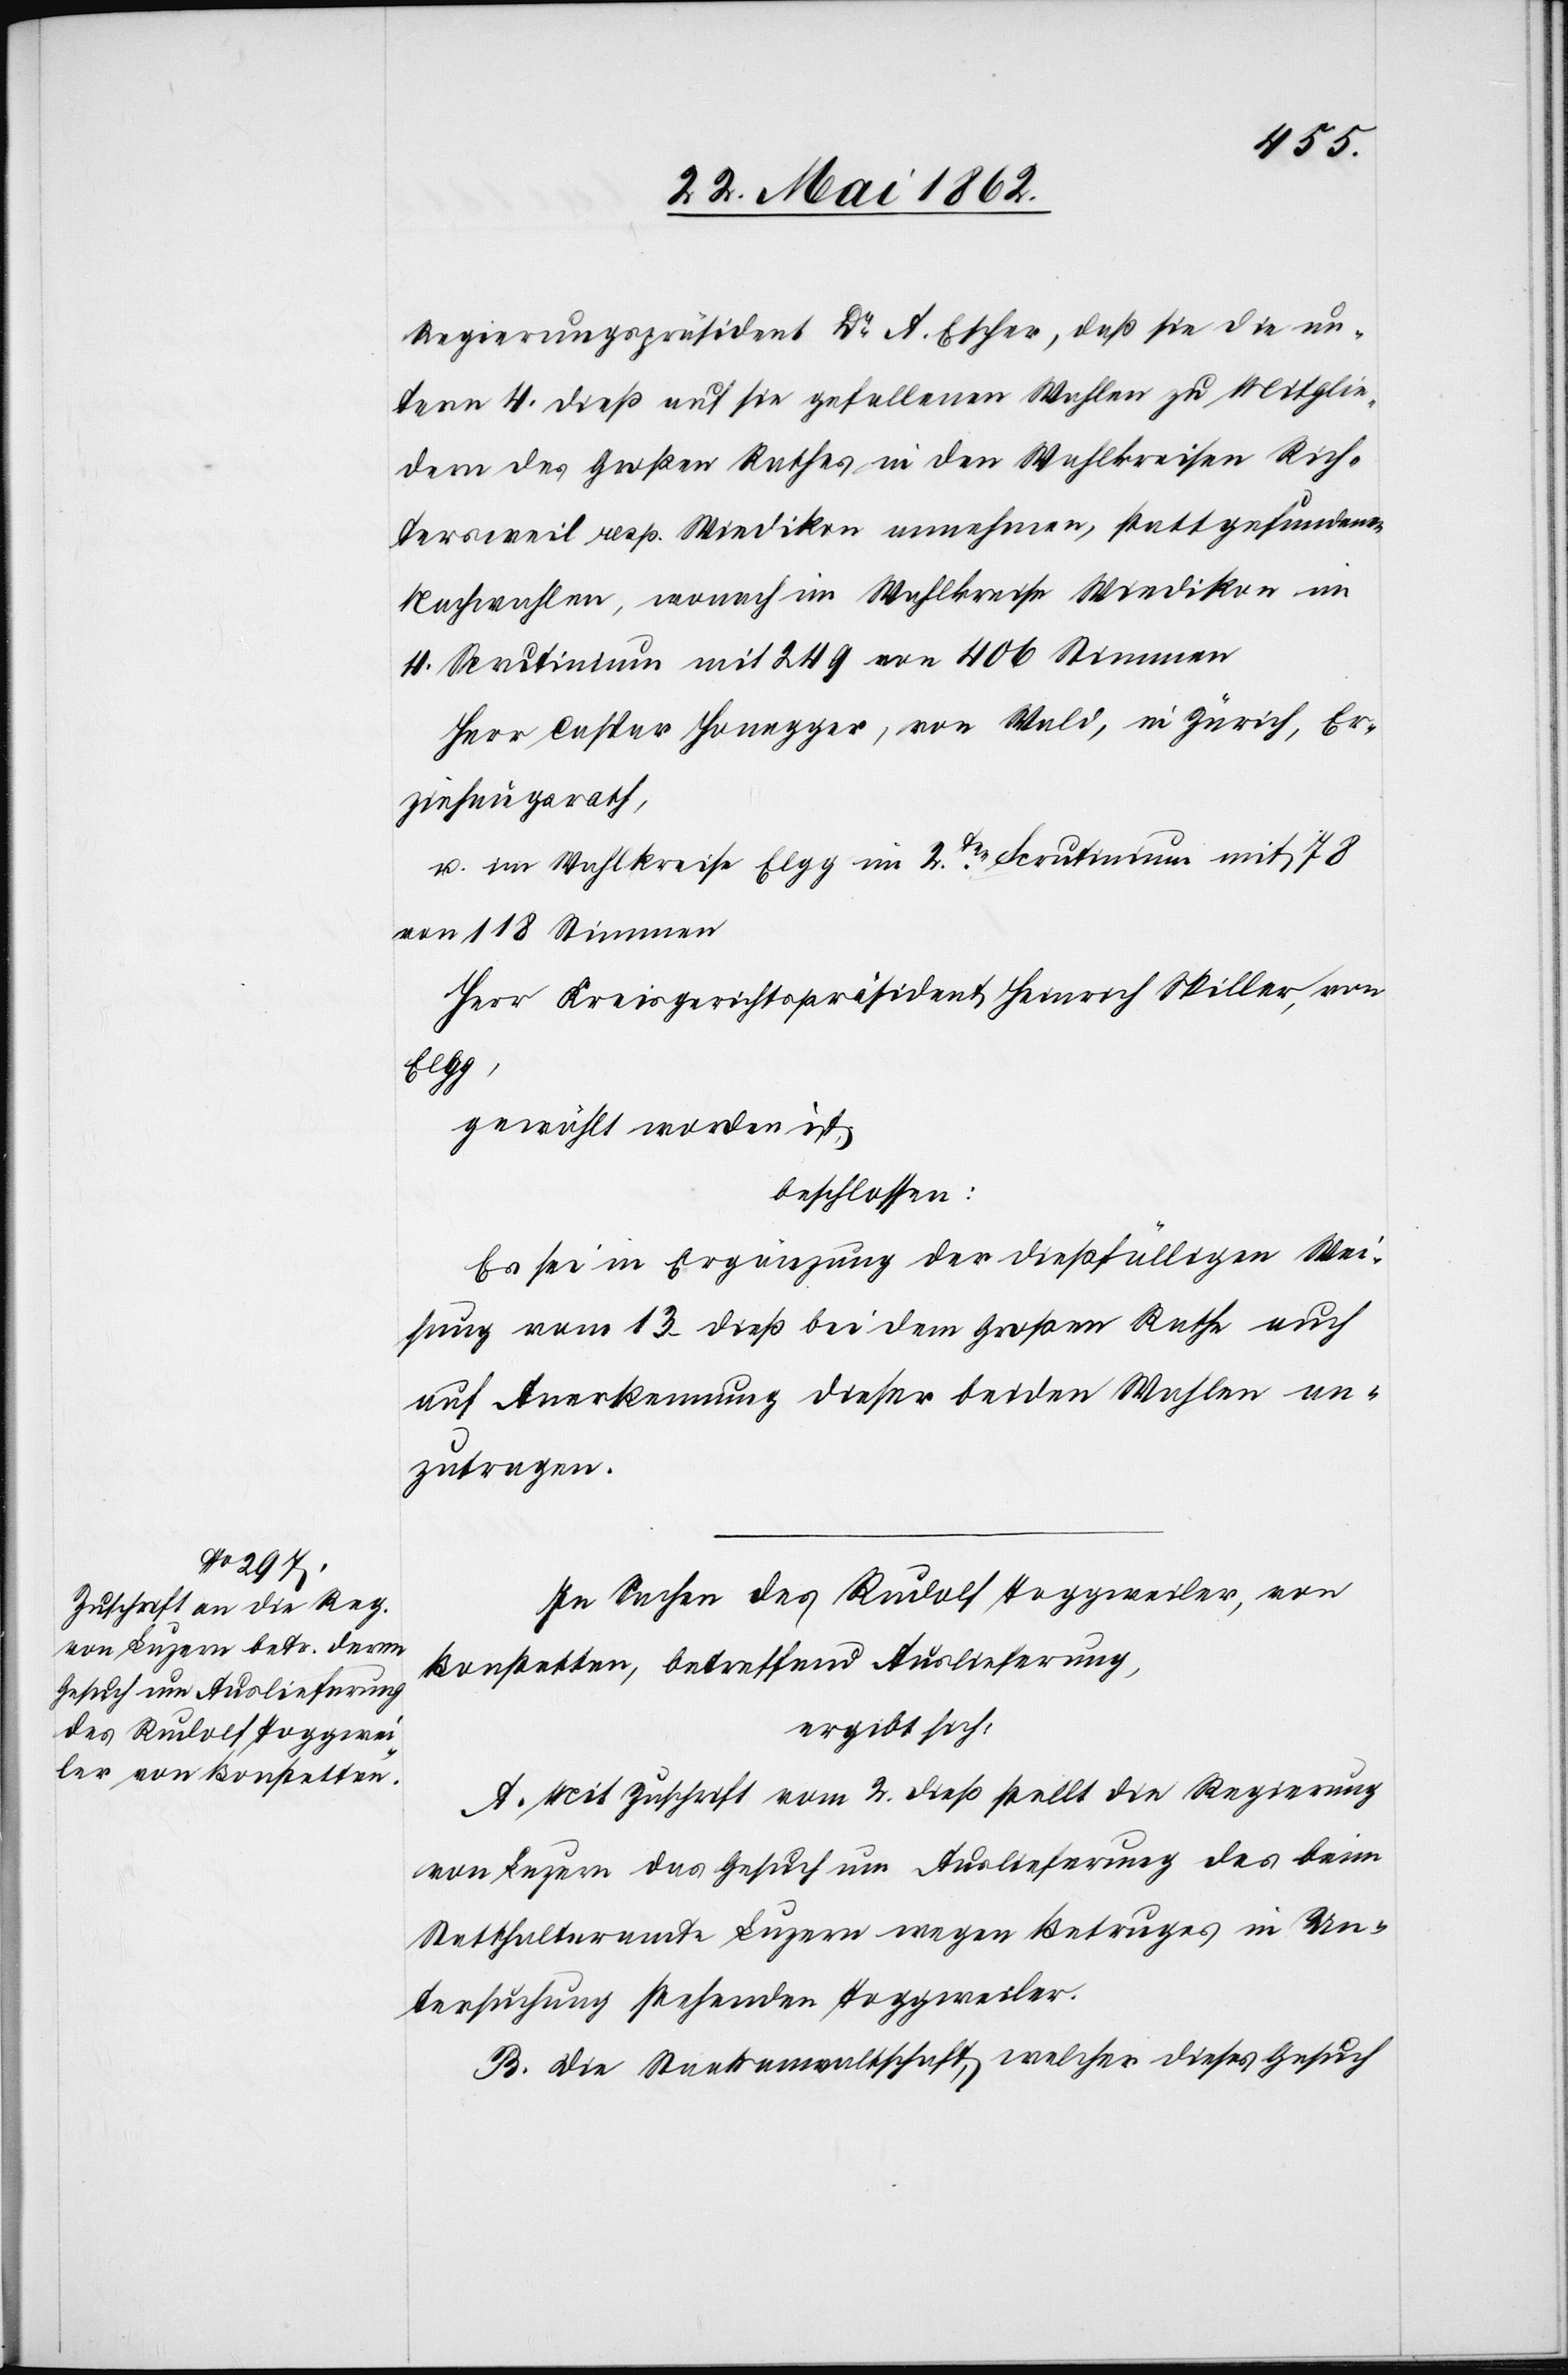
Regierungspräsident Dr. A. Escher, daß sie die un¬
term 4. dieß auf sie gefallenen Wahlen zu Mitglie¬
dern des Großen Rathes in den Wahlkreisen Rich¬
tersweil resp. Wiedikon annehmen, stattgefundenen
Nachwahlen, wonach im Wahlkreise Wiedikon im
4. Scrutinium mit 249 von 406 Stimmen
Herr Caspar Honegger, von Wald, in Zürich, Er¬
ziehungsrath,
u. im Wahlkreise Elgg im 2ten Scrutinium mit 78
von 118 Stimmen
Herr Kreisgerichtspräsident Heinrich Miller, von
Elgg,
gewählt worden ist,
beschlossen:
Es sei in Ergänzung der dießfälligen Wei¬
sung vom 13. dieß bei dem Großen Rathe auch
auf Anerkennung dieser beiden Wahlen an¬
zutragen.
In Sachen des Rudolf Toggweiler, von
Bonstetten, betreffend Auslieferung,
ergibt sich:
A. Mit Zuschrift vom 2. dieß stellt die Regierung
von Luzern das Gesuch um Auslieferung des beim
Statthalteramte Luzern wegen Betruges in Un¬
tersuchung stehenden Toggweiler.
B. Die Staatsanwaltschaft, welcher dieses Gesuch